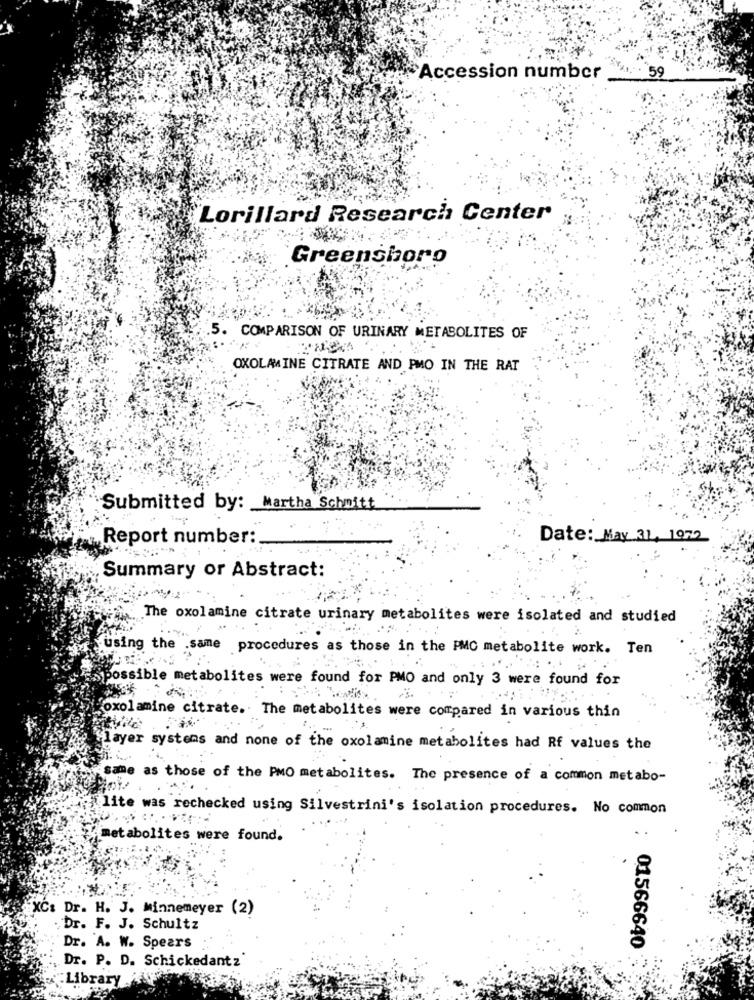
Accession number
xs. . 59
"Lorillard Research Center
Greensboro
5. COMPARISON OF URINARY METABOLITES OF
OXOLAMINE CITRATE AND PMO IN THE RAT
Submitted by: Martha Schmitt
Report number:
Date: May 31, 1972
Summary or Abstract:
The oxolamine citrate urinary metabolites were isolated and studied
using the same procedures as those in the PMC metabolite work. Ten
possible metabolites were found for PMO and only 3 were found for
Foxolamine citrate. The metabolites were compared in various thin
layer systems and none of the oxolamine metabolites had Rf values the
sam
as those of the PMO metabolites. The presence of a common metabo-
lite was rechecked using Silvestrini's isolation procedures. No common
metabolites were found.
XC: Dr. H. J. Minnemeyer (2)
Dr. F. J. Schultz
Dr. A. W. Spears
01566640
Dr. P. D. Schickedantz
:Libr